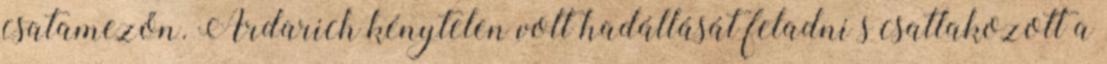
csatamezőn. Ardarich kénytelen volt hadállását feladni s csatlakozott a